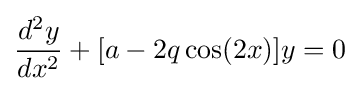
{\frac {d^{2}y}{dx^{2}}}+[a-2q\cos(2x)]y=0